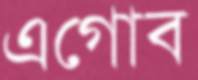
এগোব